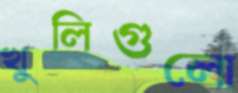
খুলিগুলো